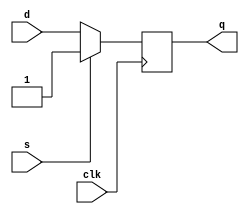
module ff(clk, d, s, q);
	input clk, d, s;
	output q;
	reg q;
	always @(posedge clk)
	begin
		if(s)
			q<=1'b1;
		else
			q<=d;
	end
endmodule